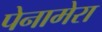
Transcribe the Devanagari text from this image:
पेनामेरा